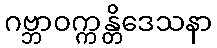
ဂဗ္ဘာဝက္ကန္တိဒေသနာ